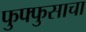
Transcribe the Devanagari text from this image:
फुफ्‍फुसाचा